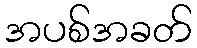
အပစ်အခတ်